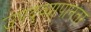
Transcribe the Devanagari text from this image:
उपद्व्यापानंतर